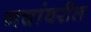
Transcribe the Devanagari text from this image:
नद्यांवरील